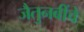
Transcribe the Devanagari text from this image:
जैतुनबींचे